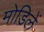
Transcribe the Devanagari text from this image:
मोडिलें